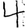
Digit: 4